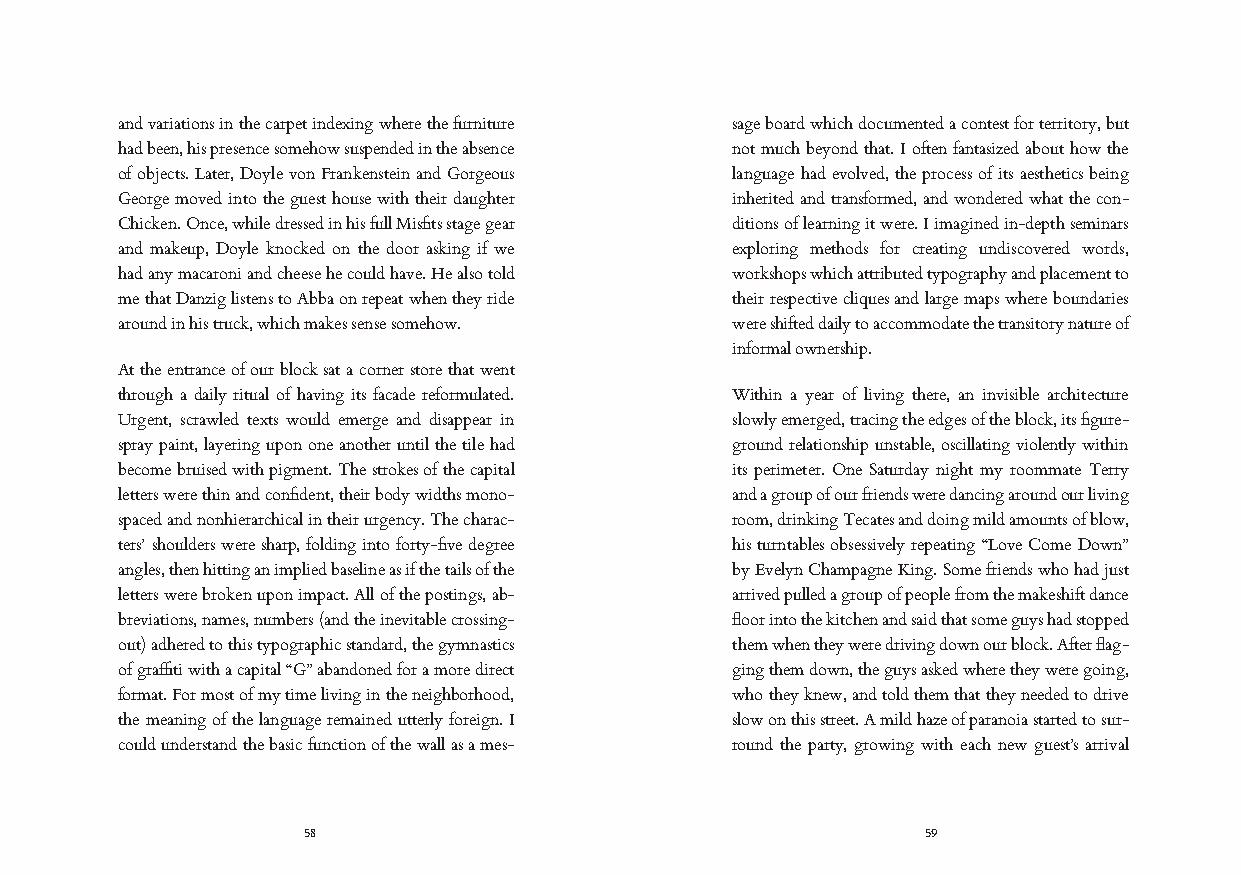
and variations in the carpet indexing where the furniture sage board which documented a contest for territory, but
 had been, his presence somehow suspended in the absence not much beyond that. I often fantasized about how the
 of objects. Later, Doyle von Frankenstein and Gorgeous language had evolved, the process of its aesthetics being
 George moved into the guest house with their daughter inherited and transformed, and wondered what the con-
 Chicken. Once, while dressed in his full Misfits stage gear ditions of learning it were. I imagined in-depth seminars
 and makeup, Doyle knocked on the door asking if we exploring methods for creating undiscovered words,
 had any macaroni and cheese he could have. He also told workshops which attributed typography and placement to
 me that Danzig listens to Abba on repeat when they ride their respective cliques and large maps where boundaries
 around in his truck, which makes sense somehow. were shifted daily to accommodate the transitory nature of
 informal ownership.
 At the entrance of our block sat a corner store that went
 through a daily ritual of having its facade reformulated. Within a year of living there, an invisible architecture
 Urgent, scrawled texts would emerge and disappear in slowly emerged, tracing the edges of the block, its figure-
 spray paint, layering upon one another until the tile had ground relationship unstable, oscillating violently within
 become bruised with pigment. The strokes of the capital its perimeter. One Saturday night my roommate Terry
 letters were thin and confident, their body widths mono- and a group of our friends were dancing around our living
 spaced and nonhierarchical in their urgency. The charac- room, drinking Tecates and doing mild amounts of blow,
 ters’ shoulders were sharp, folding into forty-five degree his turntables obsessively repeating “Love Come Down”
 angles, then hitting an implied baseline as if the tails of the by Evelyn Champagne King. Some friends who had just
 letters were broken upon impact. All of the postings, ab- arrived pulled a group of people from the makeshift dance
 breviations, names, numbers (and the inevitable crossing- floor into the kitchen and said that some guys had stopped
 out) adhered to this typographic standard, the gymnastics them when they were driving down our block. After flag-
 of graffiti with a capital “G” abandoned for a more direct ging them down, the guys asked where they were going,
 format. For most of my time living in the neighborhood, who they knew, and told them that they needed to drive
 the meaning of the language remained utterly foreign. I slow on this street. A mild haze of paranoia started to sur-
 could understand the basic function of the wall as a mes- round the party, growing with each new guest’s arrival
 58                                       59